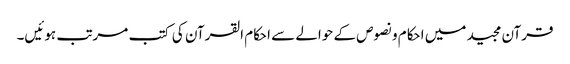
قرآن مجید میں احکام و نصوص کے حوالے سے احکام القرآن کی کتب مرتب ہوئیں۔